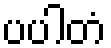
ပပါတံ